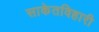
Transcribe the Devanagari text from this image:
साकेतविहारी